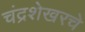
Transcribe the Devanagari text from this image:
चंद्रशेखरचे